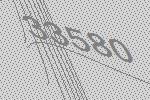
33580